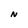
Character: N